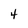
Character: 4